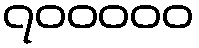
၇၀၀၀၀၀